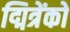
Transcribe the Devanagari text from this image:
द्मित्रेंको